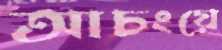
আচংয়ে